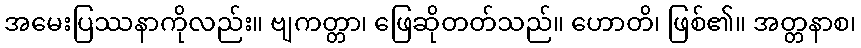
အမေးပြဿနာကိုလည်း။ ဗျကတ္တာ၊ ဖြေဆိုတတ်သည်။ ဟောတိ၊ ဖြစ်၏။ အတ္တနာစ၊